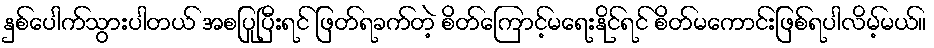
နှစ်ပေါက်သွားပါတယ် အစပြုပြီးရင် ဖြတ်ရခက်တဲ့ စိတ်ကြောင့်မရေးနိုင်ရင် စိတ်မကောင်းဖြစ်ရပါလိမ့်မယ်။